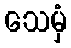
သေမှံ